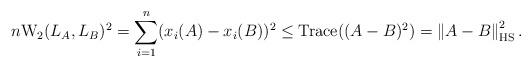
LaTeX: \begin{align*} n\mathrm{W}_2(L_A,L_B)^2=\sum_{i=1}^n(x_i(A)-x_i(B))^2 \leq\mathrm{Trace}((A-B)^2)=\left\Vert A-B\right\Vert_{\mathrm{HS}}^2. \end{align*}